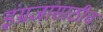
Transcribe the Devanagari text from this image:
इंग्रजांसाठीच